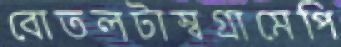
বোতলটাস্বগ্রামেপি